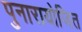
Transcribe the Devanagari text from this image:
पुनारायोजित